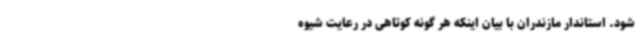
شود. استاندار مازندران با بیان اینکه هر گونه کوتاهی در رعایت شیوه